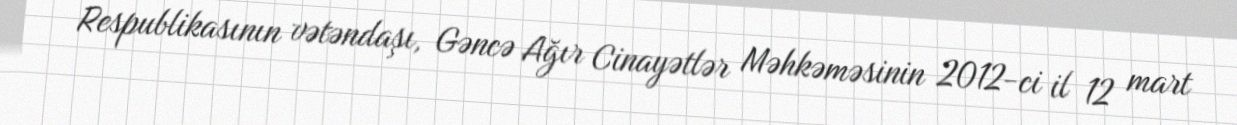
Respublikasının vətəndaşı, Gəncə Ağır Cinayətlər Məhkəməsinin 2012-ci il 12 mart